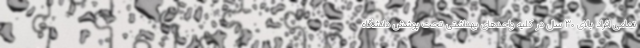
تمامی افراد بالای ۳۰ سال در کلیه واحدهای بهداشتی تحت پوشش دانشگاه